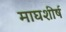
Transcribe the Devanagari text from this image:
माघशीर्ष